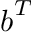
\boldsymbol { b } ^ { T }